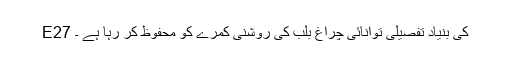
E27 کی بنیاد تفصیلی توانائی چراغ بلب کی روشنی کمرے کو محفوظ کر رہا ہے ۔